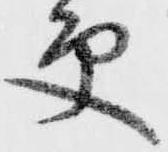
更